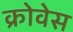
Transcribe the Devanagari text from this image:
क्रोवेस